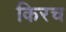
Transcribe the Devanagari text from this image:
किरच